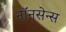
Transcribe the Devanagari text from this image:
नॉनसेन्स